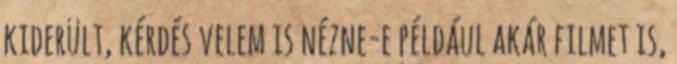
kiderült, kérdés velem is nézne-e például akár filmet is,